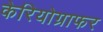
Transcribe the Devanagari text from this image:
केरियोग्राफर